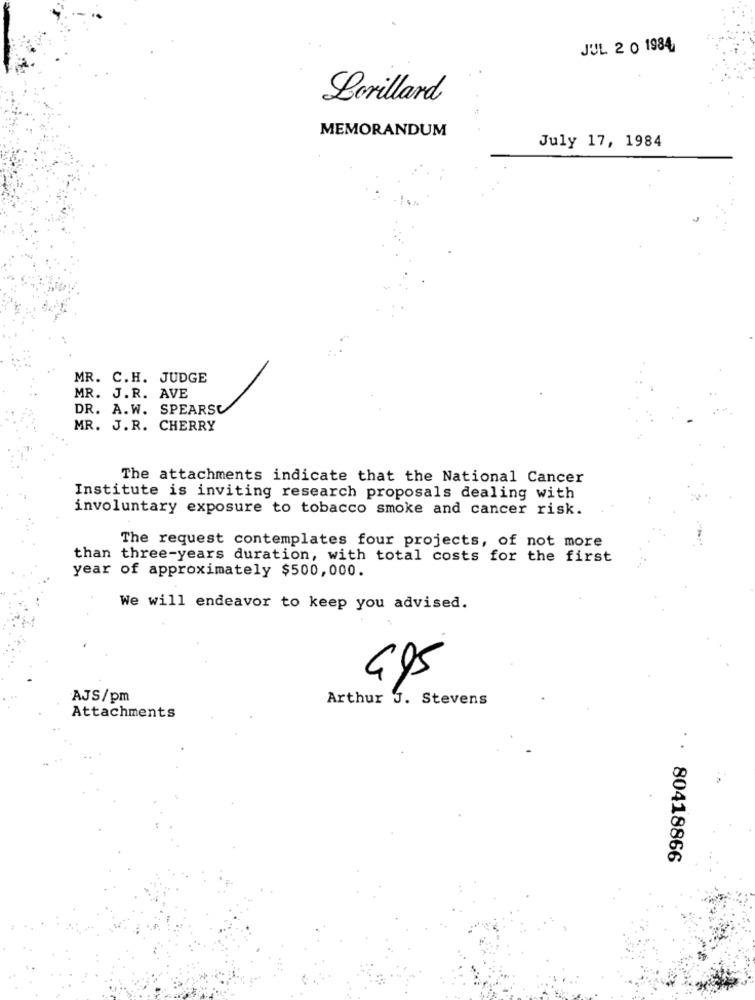
JUL 2 0 1984,
Lorillard
MEMORANDUM
July 17, 1984
MR. C.H. JUDGE
MR. J.R. AVE
DR. A.W. SPEARSC
MR. J.R. CHERRY
The attachments indicate that the National Cancer
Institute is inviting research proposals dealing with
involuntary exposure to tobacco smoke and cancer risk.
The request contemplates four projects, of not more
than three-years duration, with total costs for the first
year of approximately $500,000.
We will endeavor to keep you advised.
5
AJS/pm
Arthur J. Stevens
Attachments
80418866